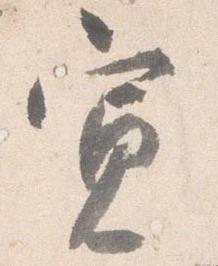
寛